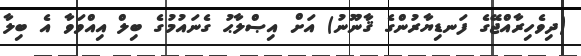
(ދިވެހިރާއްޖޭގެ ފަނޑިޔާރުންގެ ޤާނޫނު) އަށް އިޞްލާޙު ގެނައުމުގެ ބިލް އިއްވަވާ އެ ބިލާ